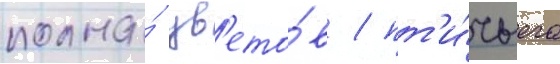
полна́ цв'ето́в / пт'и́чьего